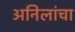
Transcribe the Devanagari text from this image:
अनिलांचा